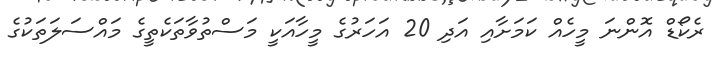
ރެކޯޑް އޮންނަ މީހެއް ކަމަށާއި އަދި 20 އަހަރުގެ މީހާއަކީ މަސްތުވާތަކެތީގެ މައްސަލަތަކުގެ